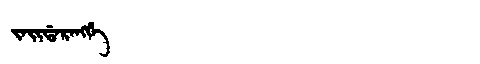
Manchu: ᠵᠠᡳᡩᠠᡵᠠᠩᡤᡝ
Romanization: JAIDARANGGE